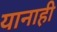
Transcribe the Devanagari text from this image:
यानाही